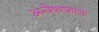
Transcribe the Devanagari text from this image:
अन्वेषणशाला